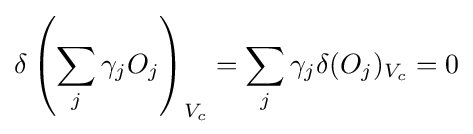
\delta \left(\sum _{j}\gamma _{j}O_{j}\right)_{V_{c}}=\sum _{j}\gamma _{j}\delta (O_{j})_{V_{c}}=0\,\!